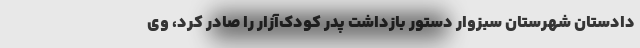
دادستان شهرستان سبزوار دستور بازداشت پدر کودک‌آزار را صادر کرد، وی